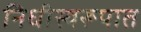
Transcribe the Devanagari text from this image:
निधीस्वरूपात